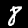
Label: 8